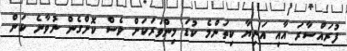
ފުރައްސާރަ އާއި އަނިޔާ ކިތަންމެ ކުޑަ މިންވަރަކަށް ވެސް ކޮށްގެން ނުވާނެ ކަން